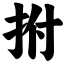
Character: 拊